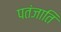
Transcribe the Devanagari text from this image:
पतंजाति